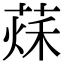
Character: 𦵒